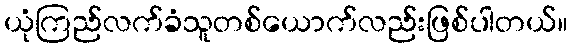
ယုံကြည်လက်ခံသူတစ်ယောက်လည်းဖြစ်ပါတယ်။